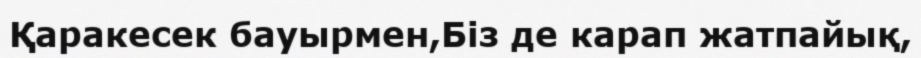
Қаракесек бауырмен,Біз де карап жатпайық,